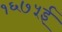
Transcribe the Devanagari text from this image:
१६७५ई